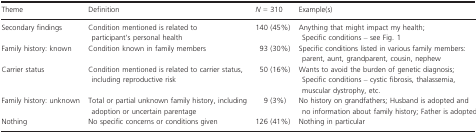
<table><thead><tr><td><b>Theme</b></td><td><b>Definition</b></td><td><b><i>N</i> = 310</b></td><td><b>Example(s)</b></td></tr></thead><tbody><tr><td>Secondary findings</td><td>Condition mentioned is related to participant&#x27;s personal health</td><td>140 (45%)</td><td>Anything that might impact my health; Specific conditions – see Fig. 1</td></tr><tr><td>Family history: known</td><td>Condition known in family members</td><td>93 (30%)</td><td>Specific conditions listed in various family members: parent, aunt, grandparent, cousin, nephew</td></tr><tr><td>Carrier status</td><td>Condition mentioned is related to carrier status, including reproductive risk</td><td>50 (16%)</td><td>Wants to avoid the burden of genetic diagnosis; Specific conditions – cystic fibrosis, thalassemia, muscular dystrophy, etc.</td></tr><tr><td>Family history: unknown</td><td>Total or partial unknown family history, including adoption or uncertain parentage</td><td>9 (3%)</td><td>No history on grandfathers; Husband is adopted and no information about family history; Father is adopted</td></tr><tr><td>Nothing</td><td>No specific concerns or conditions given</td><td>126 (41%)</td><td>Nothing in particular</td></tr></tbody></table>